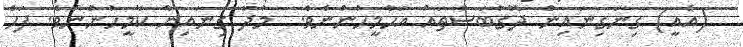
(އެއީ) ގިނަގިނައިން ދޮގުބަސްތައް އަހާމީހުންނެވެ.  މުދާ ގިނައިން ކާމީހުންނެވެ. ފަހެ